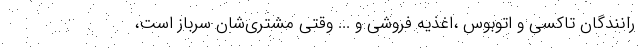
رانندگان تاکسی و اتوبوس ،اغذیه فروشی و ... وقتی مشتری‌شان سرباز است،